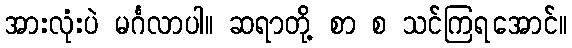
အားလုံးပဲ မင်္ဂလာပါ။ ဆရာတို့ စာ စ သင်ကြရအောင်။